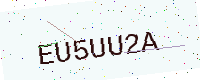
Text: EU5UU2A